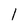
Character: 1